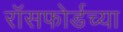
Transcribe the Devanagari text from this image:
रॉसफोर्डच्या